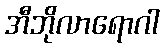
အီဘိုလာရောဂါ